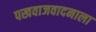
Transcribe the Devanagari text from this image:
पखवाजवादनाला